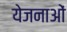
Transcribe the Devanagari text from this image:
येजनाओं